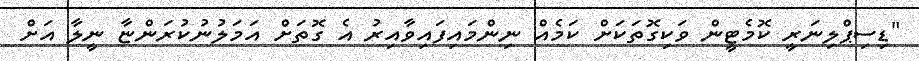
"ޑިސިޕްލިނަރީ ކޮމެޓީން ވަކިގޮތަކަށް ކަމެއް ނިންމައިފައިވާއިރު އެ ގޮތަށް އަމަލުނުކުރަންޏާ ނީލާ އަށް